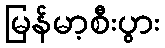
မြန်မာ့စီးပွား